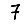
Digit: 7